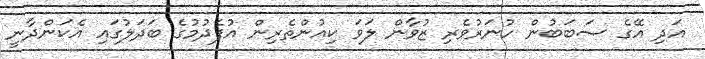
އަދި އޭގެ ސަބަބުން ހުނަރުވެރި ޒުވާން ލަވަ ކިއުންތެރިން އުފެދުމުގެ ބަދަލުގައި އެކަންދާނީ